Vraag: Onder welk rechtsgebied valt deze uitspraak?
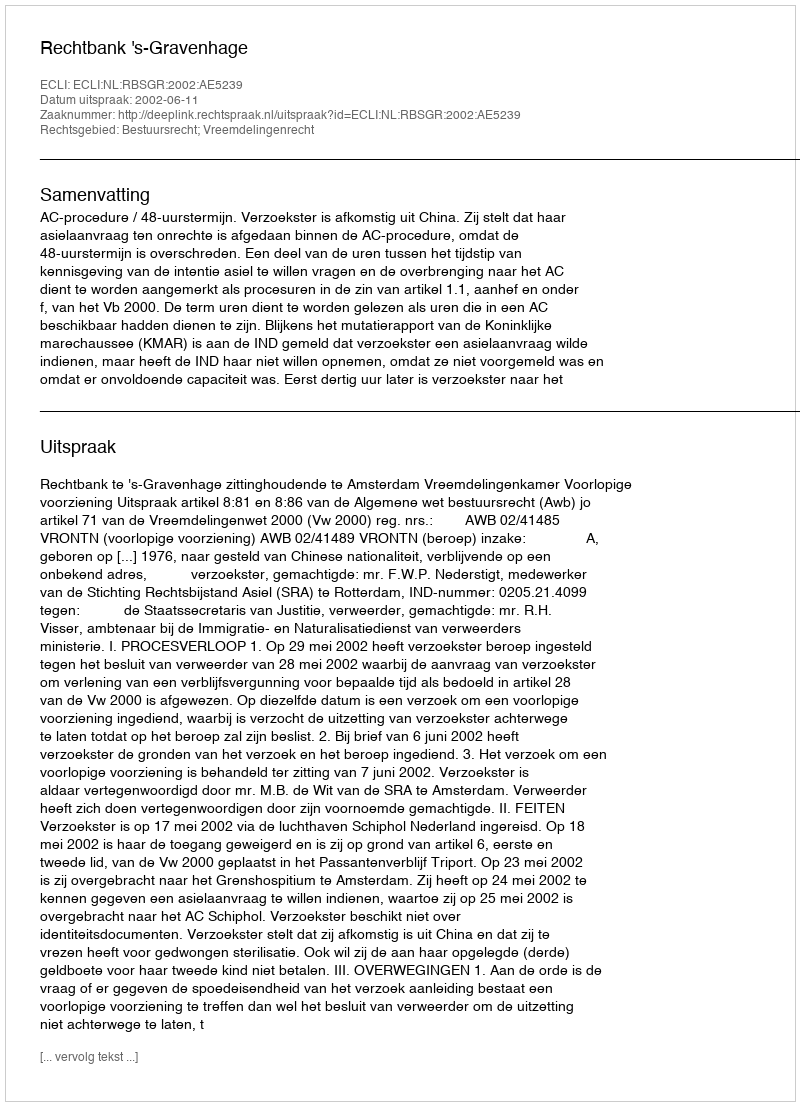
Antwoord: Bestuursrecht; Vreemdelingenrecht